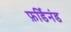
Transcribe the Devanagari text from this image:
फ़र्डिनंड